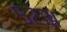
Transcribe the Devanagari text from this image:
५२अ